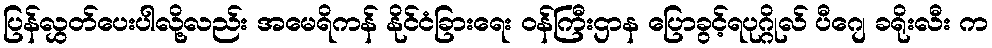
ပြန်လွှတ်ပေးပါလို့လည်း အမေရိကန် နိုင်ငံခြားရေး ဝန်ကြီးဌာန ပြောခွင့်ရပုဂ္ဂိုလ် ပီဂျေ ခရိုးလီး က